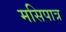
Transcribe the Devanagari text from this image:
मसिपात्र